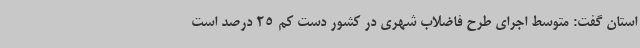
استان گفت: متوسط اجرای طرح فاضلاب شهری در کشور دست کم 25 درصد است